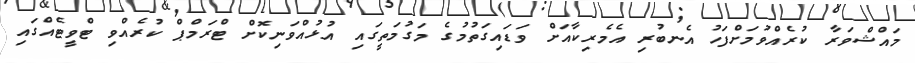
މައްޝްވަރާ ކުރެއްވުމަށްފަހު އެނބުރި އެމެރިކާއަށް ވަޑައިގަތުމުގެ މަގުމަތީގައި އުޅުއްވަނިކޮށް ޓްރަމްޕް ކުރެއްވި ޓްވީޓެއްގައި